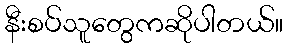
နီးစပ်သူတွေကဆိုပါတယ်။